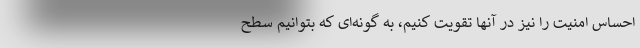
احساس امنیت را نیز در آنها تقویت کنیم، به گونه‌ای که بتوانیم سطح